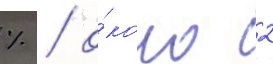
% / о́коло 2